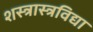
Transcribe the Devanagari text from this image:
शस्त्रास्त्रविद्या